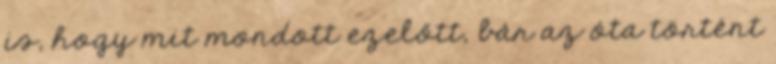
is, hogy mit mondott ezelőtt, bár az óta történt